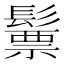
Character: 𩮳